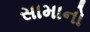
સામાનો